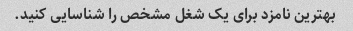
بهترین نامزد برای یک شغل مشخص را شناسایی کنید.